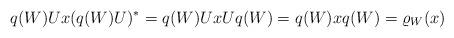
LaTeX: \begin{align*}q(W)Ux(q(W)U)^*=q(W)UxUq(W)=q(W)xq(W)=\varrho_W(x)\end{align*}